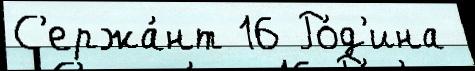
С'ержа́нт 16 Ро́д'ина